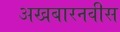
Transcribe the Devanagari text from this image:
अखबारनवीस